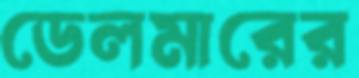
ডেলমারের